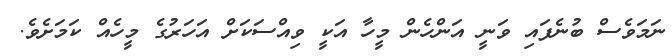
ނަމަވެސް ބުނެފައި ވަނީ އަންހެން މީހާ އަކީ ވިއްސަކަށް އަހަރުގެ މީހެއް ކަމަށެވެ.